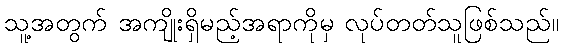
သူ့အတွက် အကျိုးရှိမည့်အရာကိုမှ လုပ်တတ်သူဖြစ်သည်။